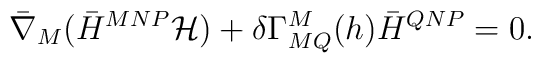
\bar \nabla_M ( \bar H^{MNP} {\cal H} ) +\delta \Gamma^M_{MQ} (h) \bar H^{QNP} =0.